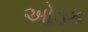
ઓડક